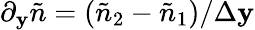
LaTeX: \partial_{\mathbf{y}}\tilde{{n}}=(\tilde{{n}}_{2}-\tilde{{n}}_{1})/\Delta\mathbf{y}